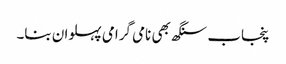
پنجاب سنگھ بھی نامی گرامی پہلوان بنا۔